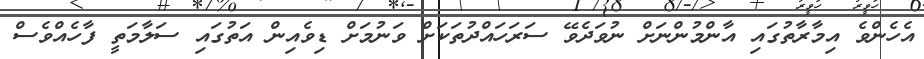
އެހެންވެ އިމާރާތުގައި އާންމުންނަށް ނުވަދެވޭ ސަރަހައްދުތަކަށް ވަނުމަށް ޑިވެއިން އަތުގައި ސަލާމަތީ ފާހެއްވެސް